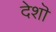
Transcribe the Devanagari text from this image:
देशॊ